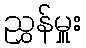
ညွှန်မှူး